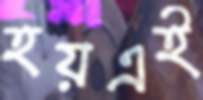
হয়এই